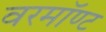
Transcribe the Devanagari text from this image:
वरमॉण्ट